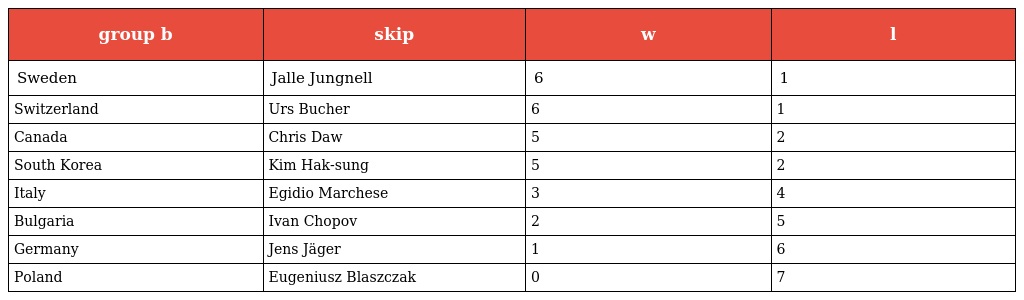
| group b | skip | w | l |
 | --- | --- | --- | --- |
 | Sweden | Jalle Jungnell | 6 | 1 |
 | Switzerland | Urs Bucher | 6 | 1 |
 | Canada | Chris Daw | 5 | 2 |
 | South Korea | Kim Hak-sung | 5 | 2 |
 | Italy | Egidio Marchese | 3 | 4 |
 | Bulgaria | Ivan Chopov | 2 | 5 |
 | Germany | Jens Jäger | 1 | 6 |
 | Poland | Eugeniusz Blaszczak | 0 | 7 |